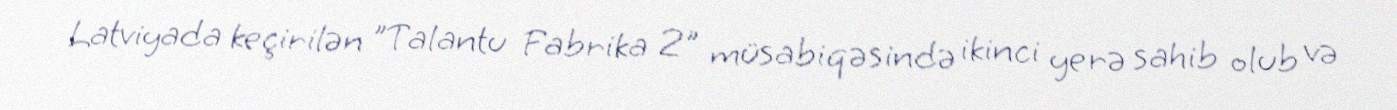
Latviyada keçirilən "Talantu Fabrika 2" müsabiqəsində ikinci yerə sahib olub və